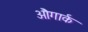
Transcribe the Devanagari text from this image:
औंगार्क